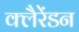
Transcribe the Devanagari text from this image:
क्लैरेंडन